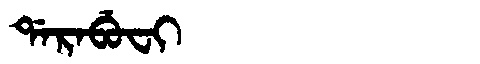
Manchu: ᡩᠠᡵᠠᠪᡠᠸᡳ
Romanization: DARABUFI